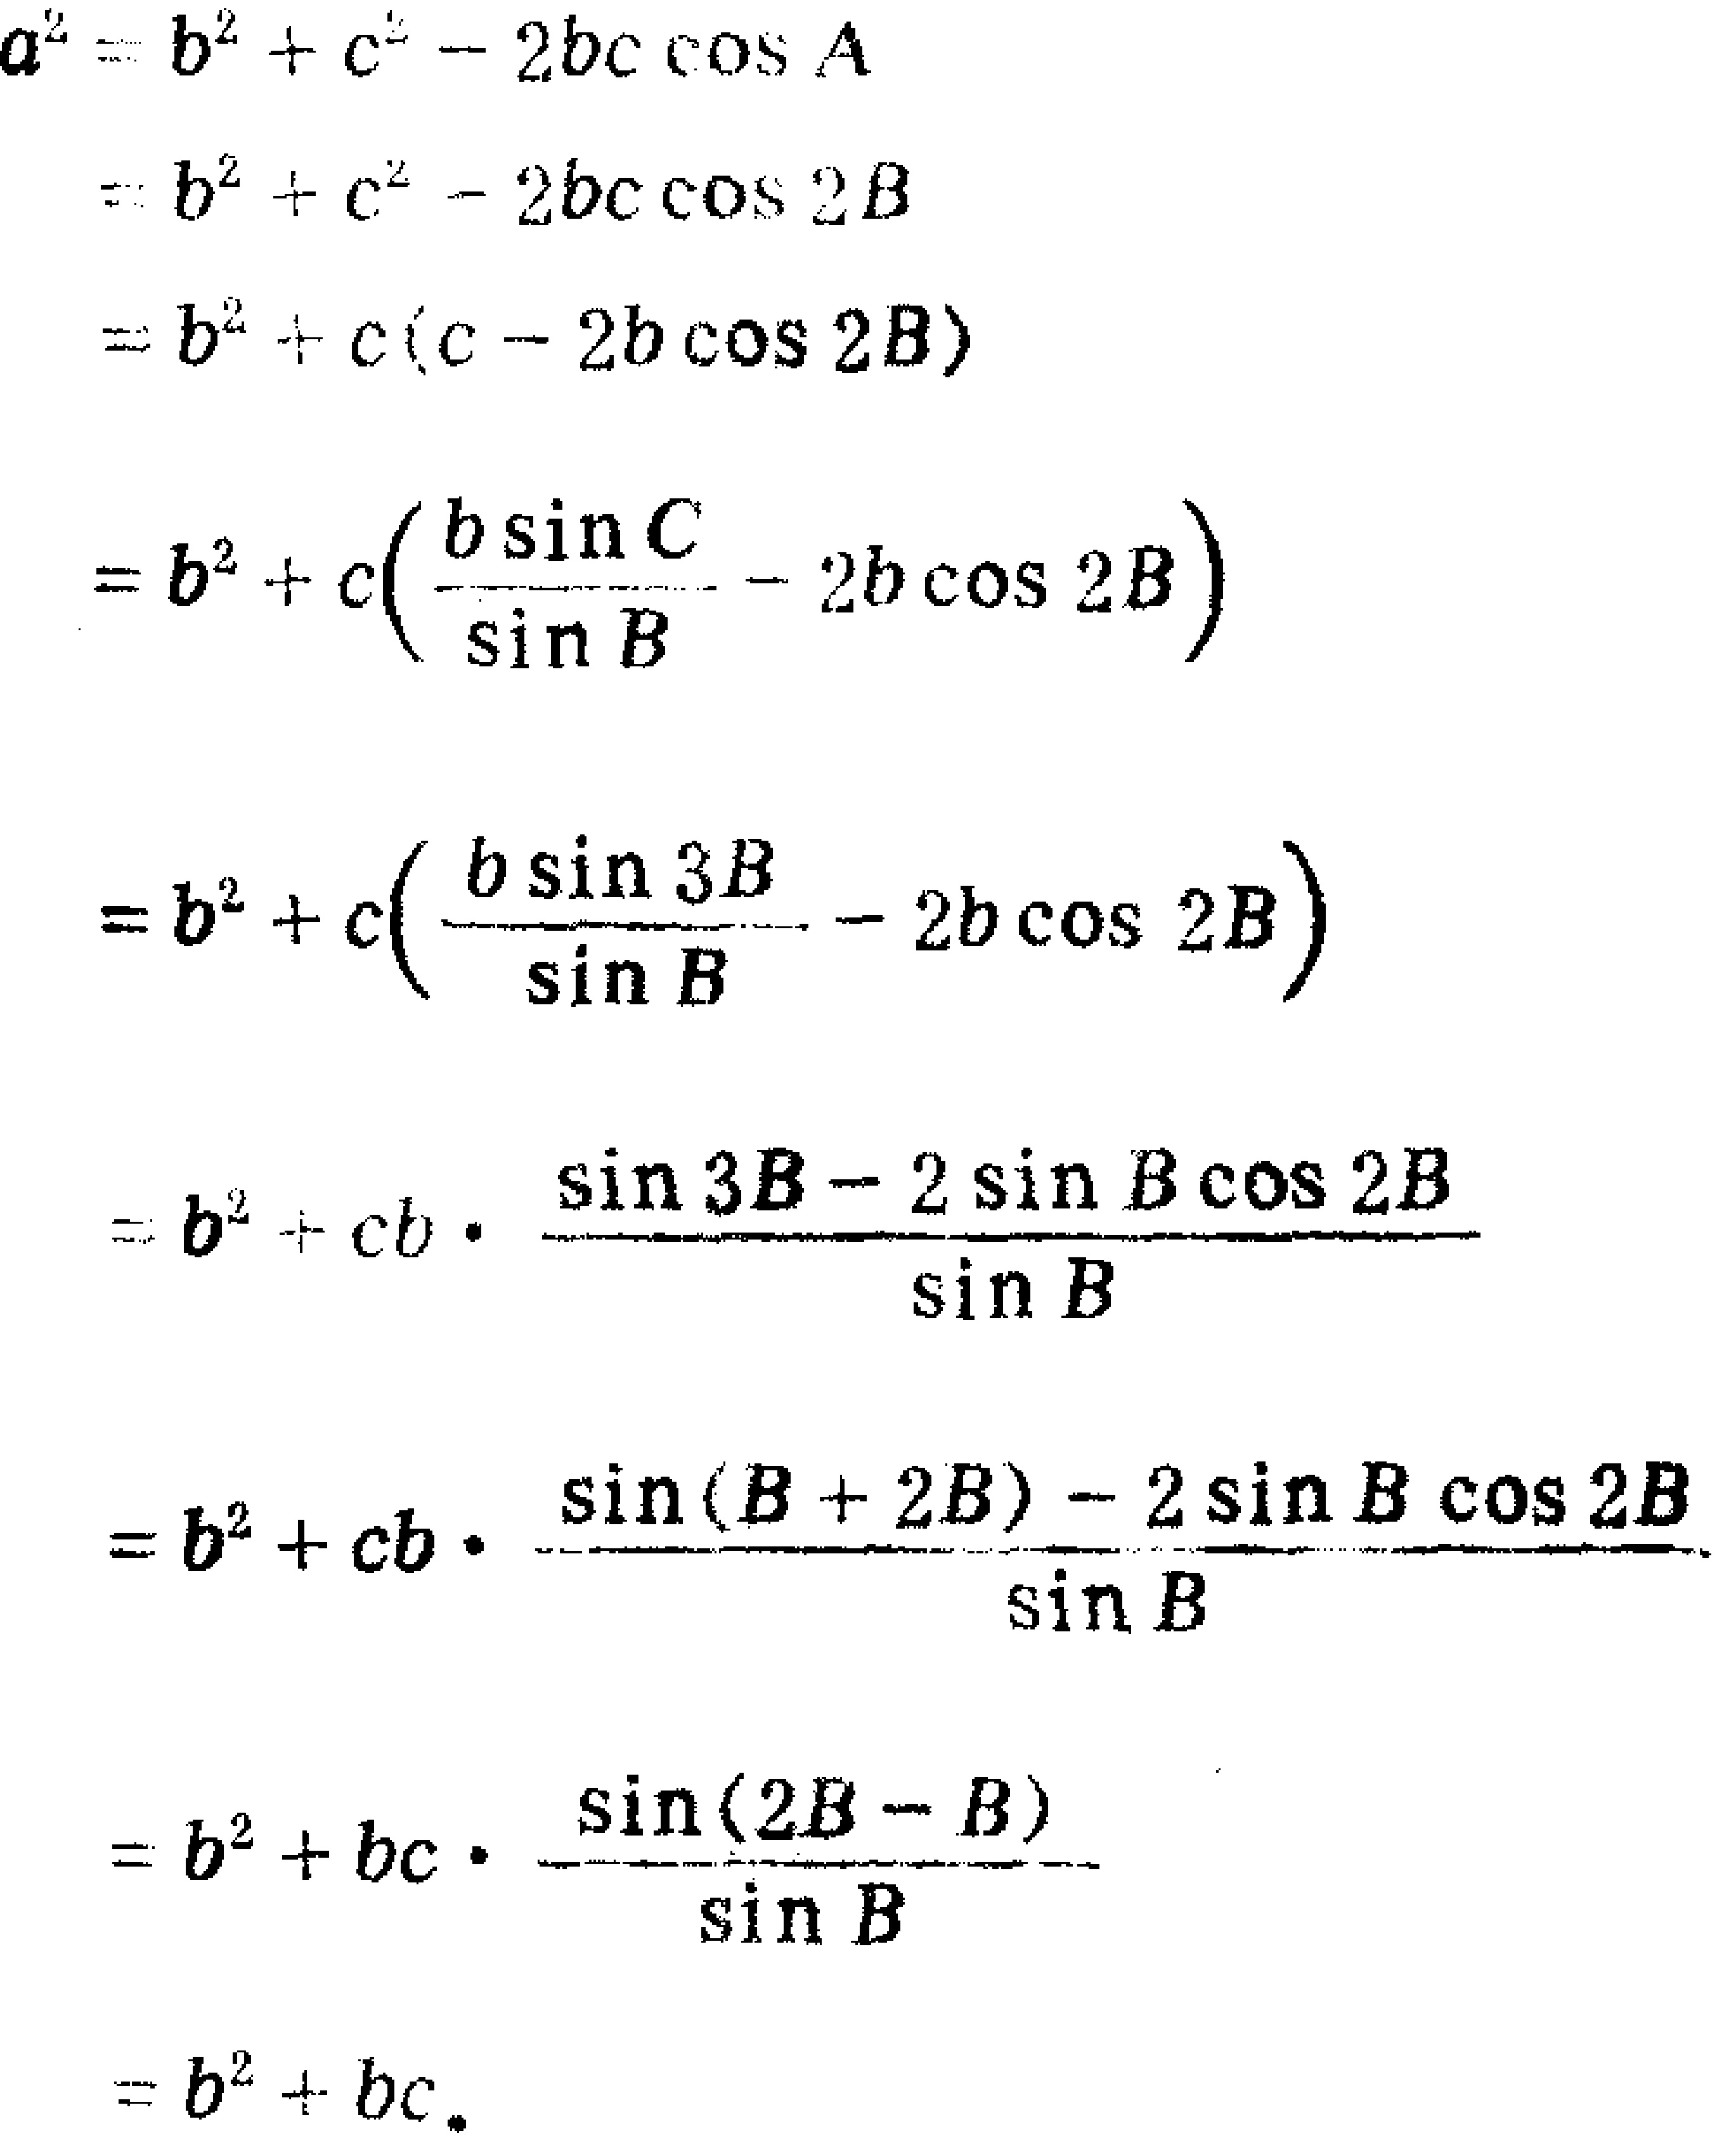
\begin{align*}
a^{2}&=b^{2}+c^{2}-2bc\cos A\\
&=b^{2}+c^{2}-2bc\cos 2B\\
&=b^{2}+c(c - 2b\cos 2B)\\
&=b^{2}+c\left(\frac{b\sin C}{\sin B}-2b\cos 2B\right)\\
&=b^{2}+c\left(\frac{b\sin 3B}{\sin B}-2b\cos 2B\right)\\
&=b^{2}+cb\cdot\frac{\sin 3B - 2\sin B\cos 2B}{\sin B}\\
&=b^{2}+cb\cdot\frac{\sin(B + 2B)-2\sin B\cos 2B}{\sin B}\\
&=b^{2}+bc\cdot\frac{\sin(2B - B)}{\sin B}\\
&=b^{2}+bc.
\end{align*}